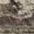
لقد